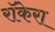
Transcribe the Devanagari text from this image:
रॉकेरा